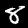
Label: 8